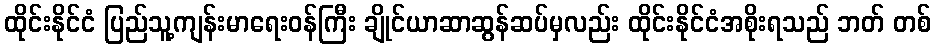
ထိုင်းနိုင်ငံ ပြည်သူ့ကျန်းမာရေးဝန်ကြီး ချိုင်ယာဆာဆွန်ဆပ်မှလည်း ထိုင်းနိုင်ငံအစိုးရသည် ဘတ် တစ်